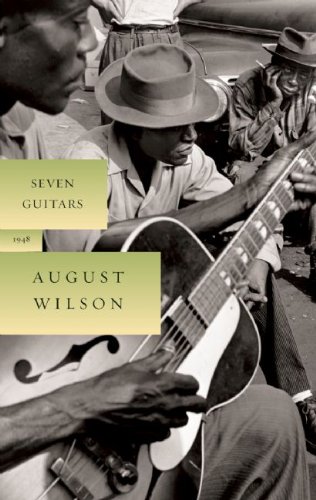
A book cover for Seven Guitars (The August Wilson Century Cycle); August Wilson; Literature & Fiction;